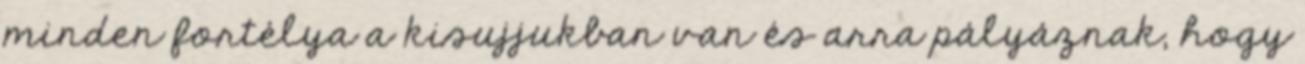
minden fortélya a kisujjukban van és arra pályáznak, hogy